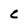
Character: c